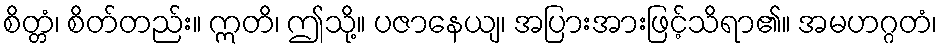
စိတ္တံ၊ စိတ်တည်း။ ဣတိ၊ ဤသို့။ ပဇာနေယျ၊ အပြားအားဖြင့်သိရာ၏။ အမဟဂ္ဂတံ၊